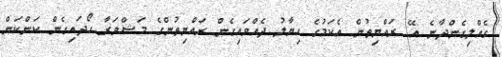
ގެއްލިގެންދާނެ އޭ. ރައްޔިތުން އެކަމުގެ ހިޔާލު ދެއްވައިގެން ރައްޔިތުންގެ މަޝްވަރާ ހޯދައިގެން ކަންކަން